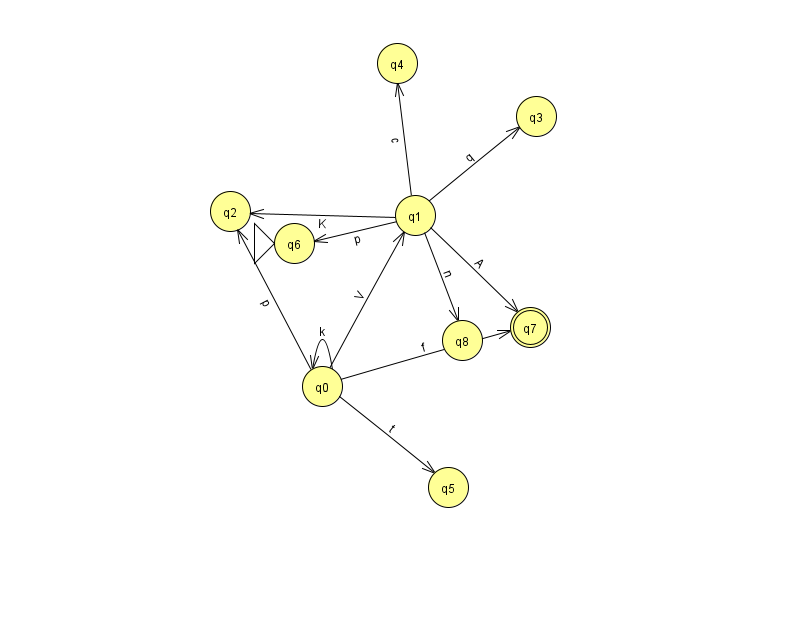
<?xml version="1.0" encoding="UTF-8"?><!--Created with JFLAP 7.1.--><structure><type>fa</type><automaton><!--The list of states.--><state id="0" name="q0"><x>322.0</x><y>373.0</y></state><state id="1" name="q1"><x>415.0</x><y>202.0</y></state><state id="2" name="q2"><x>230.0</x><y>198.0</y></state><state id="3" name="q3"><x>536.0</x><y>103.0</y></state><state id="4" name="q4"><x>397.0</x><y>50.0</y></state><state id="5" name="q5"><x>448.0</x><y>474.0</y></state><state id="6" name="q6"><x>294.0</x><y>230.0</y><initial/></state><state id="7" name="q7"><x>530.0</x><y>314.0</y><final/></state><state id="8" name="q8"><x>462.0</x><y>327.0</y></state><!--The list of transitions.--><transition><from>0</from><to>5</to><read>t</read></transition><transition><from>1</from><to>3</to><read>q</read></transition><transition><from>1</from><to>4</to><read>c</read></transition><transition><from>0</from><to>1</to><read>V</read></transition><transition><from>0</from><to>2</to><read>p</read></transition><transition><from>1</from><to>7</to><read>A</read></transition><transition><from>0</from><to>0</to><read>k</read></transition><transition><from>1</from><to>6</to><read>p</read></transition><transition><from>1</from><to>8</to><read>n</read></transition><transition><from>0</from><to>7</to><read>f</read></transition><transition><from>1</from><to>2</to><read>K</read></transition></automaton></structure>